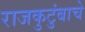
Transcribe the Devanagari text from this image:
राजकुटुंबाचे